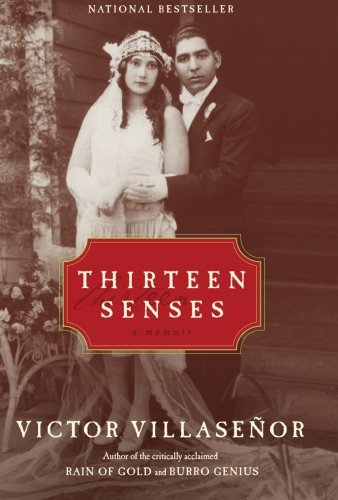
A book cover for Thirteen Senses: A Memoir; Victor Villasenor; Literature & Fiction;